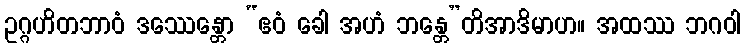
ဥဂ္ဂဟိတဘာဝံ ဒဿေန္တော “ဧဝံ ခေါ အဟံ ဘန္တေ”တိအာဒိမာဟ။ အထဿ ဘဂဝါ